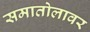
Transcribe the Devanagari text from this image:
समातोलावर